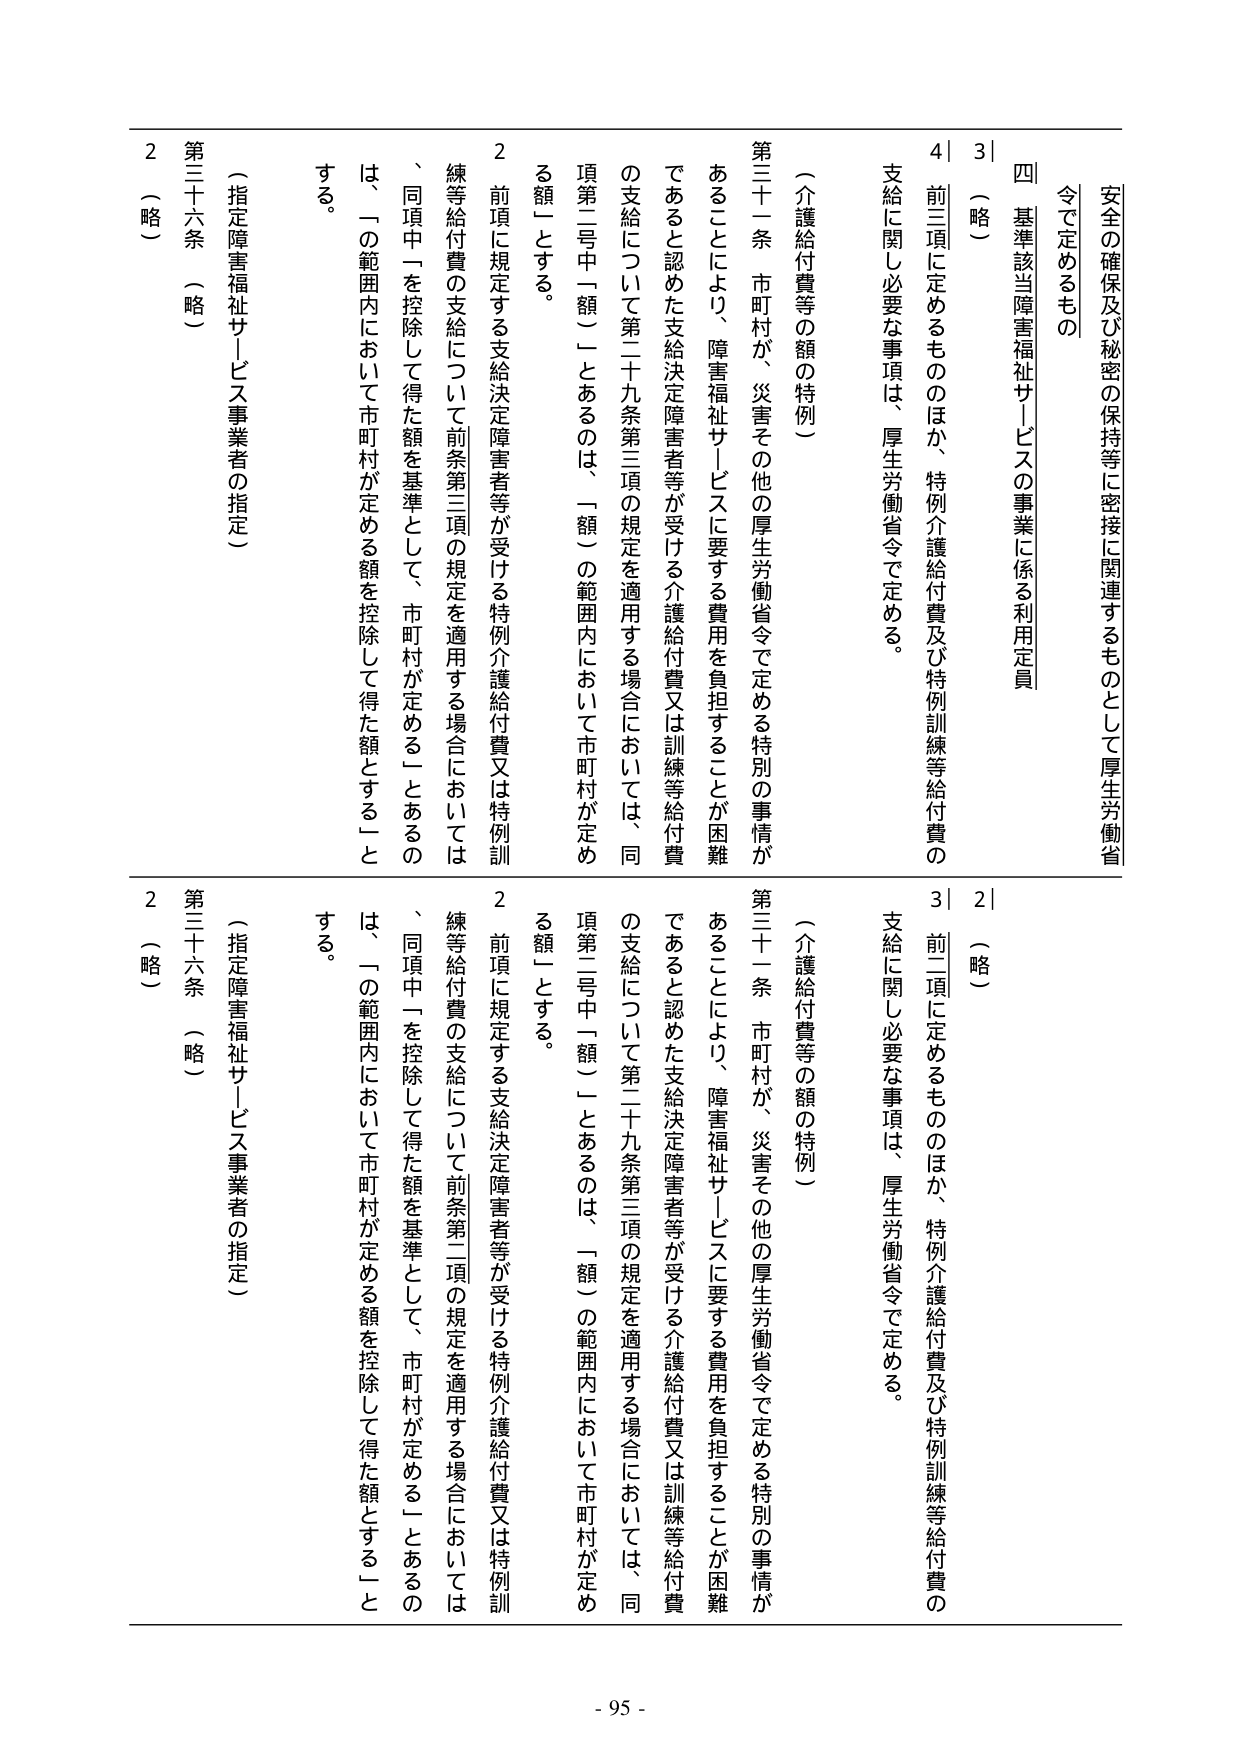
安全の確保及び秘密の保持等に密接に関連するものとして厚生労働省令で定めるもの

四 基準該当障害福祉サービスの事業に係る利用定員

3 （略）

4 前三項に定めるもののほか、特例介護給付費及び特例訓練等給付費の支給に関し必要な事項は、厚生労働省令で定める。

（介護給付費等の額の特例）

第三十一条 市町村が、災害その他の厚生労働省令で定める特別の事情があることにより、障害福祉サービスに要する費用を負担することが困難であると認めた支給決定障害者等が受ける介護給付費又は訓練等給付費の支給について第二十九条第三項の規定を適用する場合においては、同項第二号中「額（）」とあるのは、「額（）の範囲内において市町村が定める額」とする。

2 前項に規定する支給決定障害者等が受ける特例介護給付費又は特例訓練等給付費の支給について前条第三項の規定を適用する場合においては、同項中「」を控除して得た額を基準として、市町村が定める「」とあるのは、「の範囲内において市町村が定める額を控除して得た額とする」とする。

第三十六条 （略）

（指定障害福祉サービス事業者の指定）

2 （略）

安全の確保及び秘密の保持等に密接に関連するものとして厚生労働省令で定めるもの

四 基準該当障害福祉サービスの事業に係る利用定員

2 （略）

3 前二項に定めるもののほか、特例介護給付費及び特例訓練等給付費の支給に関し必要な事項は、厚生労働省令で定める。

（介護給付費等の額の特例）

第三十一条 市町村が、災害その他の厚生労働省令で定める特別の事情があることにより、障害福祉サービスに要する費用を負担することが困難であると認めた支給決定障害者等が受ける介護給付費又は訓練等給付費の支給について第二十九条第三項の規定を適用する場合においては、同項第二号中「額（）」とあるのは、「額（）の範囲内において市町村が定める額」とする。

2 前項に規定する支給決定障害者等が受ける特例介護給付費又は特例訓練等給付費の支給について前条第二項の規定を適用する場合においては、同項中「」を控除して得た額を基準として、市町村が定める「」とあるのは、「の範囲内において市町村が定める額を控除して得た額とする」とする。

第三十六条 （略）

（指定障害福祉サービス事業者の指定）

2 （略）

- 95 -